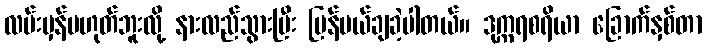
လမ်းမှန်မဟုတ်ဘူးလို့ နားလည်သွားပြီး ပြန်ပယ်ချခဲ့ပါတယ်။ ဒုက္ကရစရိယာ ခြောက်နှစ်တာ